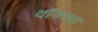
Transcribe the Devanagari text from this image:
थॉयराय